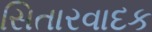
સિતારવાદક